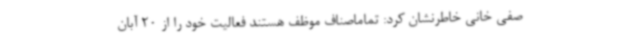
صفی خانی خاطرنشان کرد: تماماصناف موظف هستند فعالیت خود را از 20 آبان